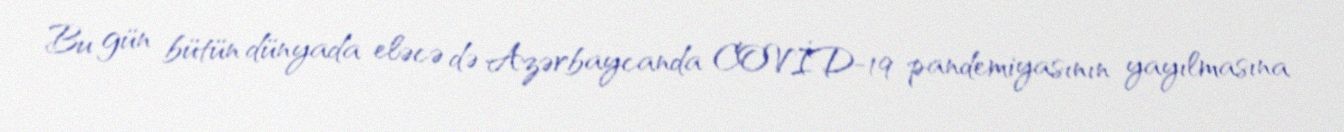
Bu gün bütün dünyada eləcə də Azərbaycanda COVİD-19 pandemiyasının yayılmasına